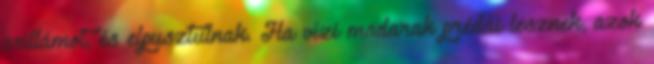
csillámot, és elpusztulnak. Ha vízi madarak prédái lesznek, azok